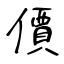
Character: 價